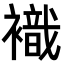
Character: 𧝊